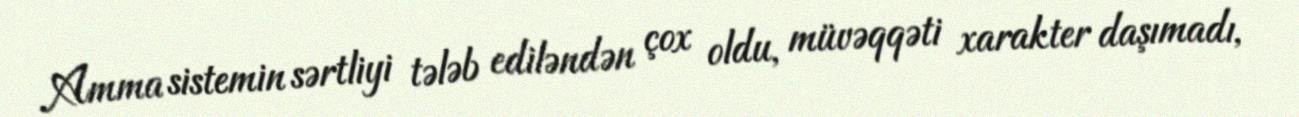
Amma sistemin sərtliyi tələb ediləndən çox oldu, müvəqqəti xarakter daşımadı,